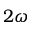
2 \omega